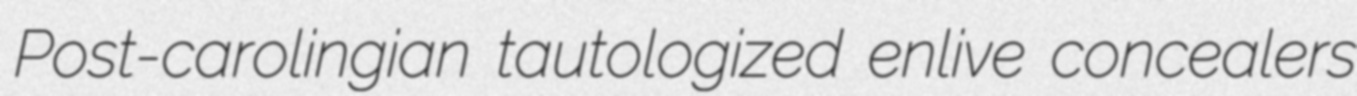
Post-carolingian tautologized enlive concealers